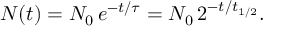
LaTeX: N ( t ) = N _ { 0 } \, e ^ { - t / \tau } = N _ { 0 } \, 2 ^ { - t / t _ { 1 / 2 } } . \,